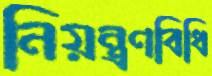
নিয়ন্ত্রণবিধি